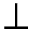
\perp